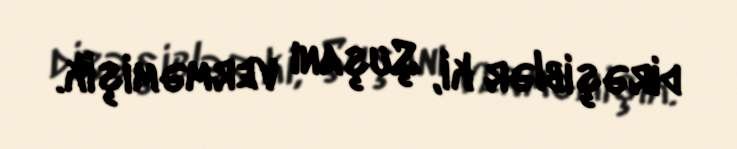
dirəşiblər ki, Şuşanı verməmişik.